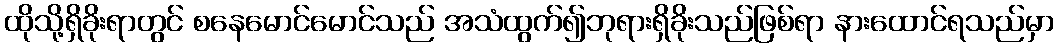
ထိုသို့ရှိခိုးရာတွင် စနေမောင်မောင်သည် အသံထွက်၍ဘုရားရှိခိုးသည်ဖြစ်ရာ နားထောင်ရသည်မှာ